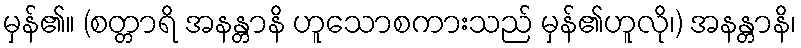
မှန်၏။ (စတ္တာရိ အနန္တာနိ ဟူသောစကားသည် မှန်၏ဟူလို၊) အနန္တာနိ၊